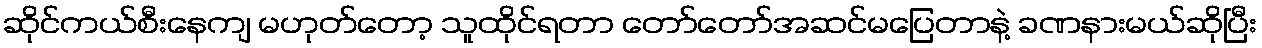
ဆိုင်ကယ်စီးနေကျ မဟုတ်တော့ သူထိုင်ရတာ တော်တော်အဆင်မပြေတာနဲ့ ခဏနားမယ်ဆိုပြီး